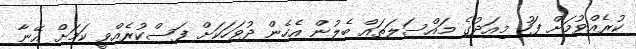
ކުރެއްވުމަށް ފަހު މިއަދުގެ މައްސަލަތައް ބެލުން އެހެން ދުވަހަކަށް ފަސްކުރެއްވީ ކަމަށް އޭނާ